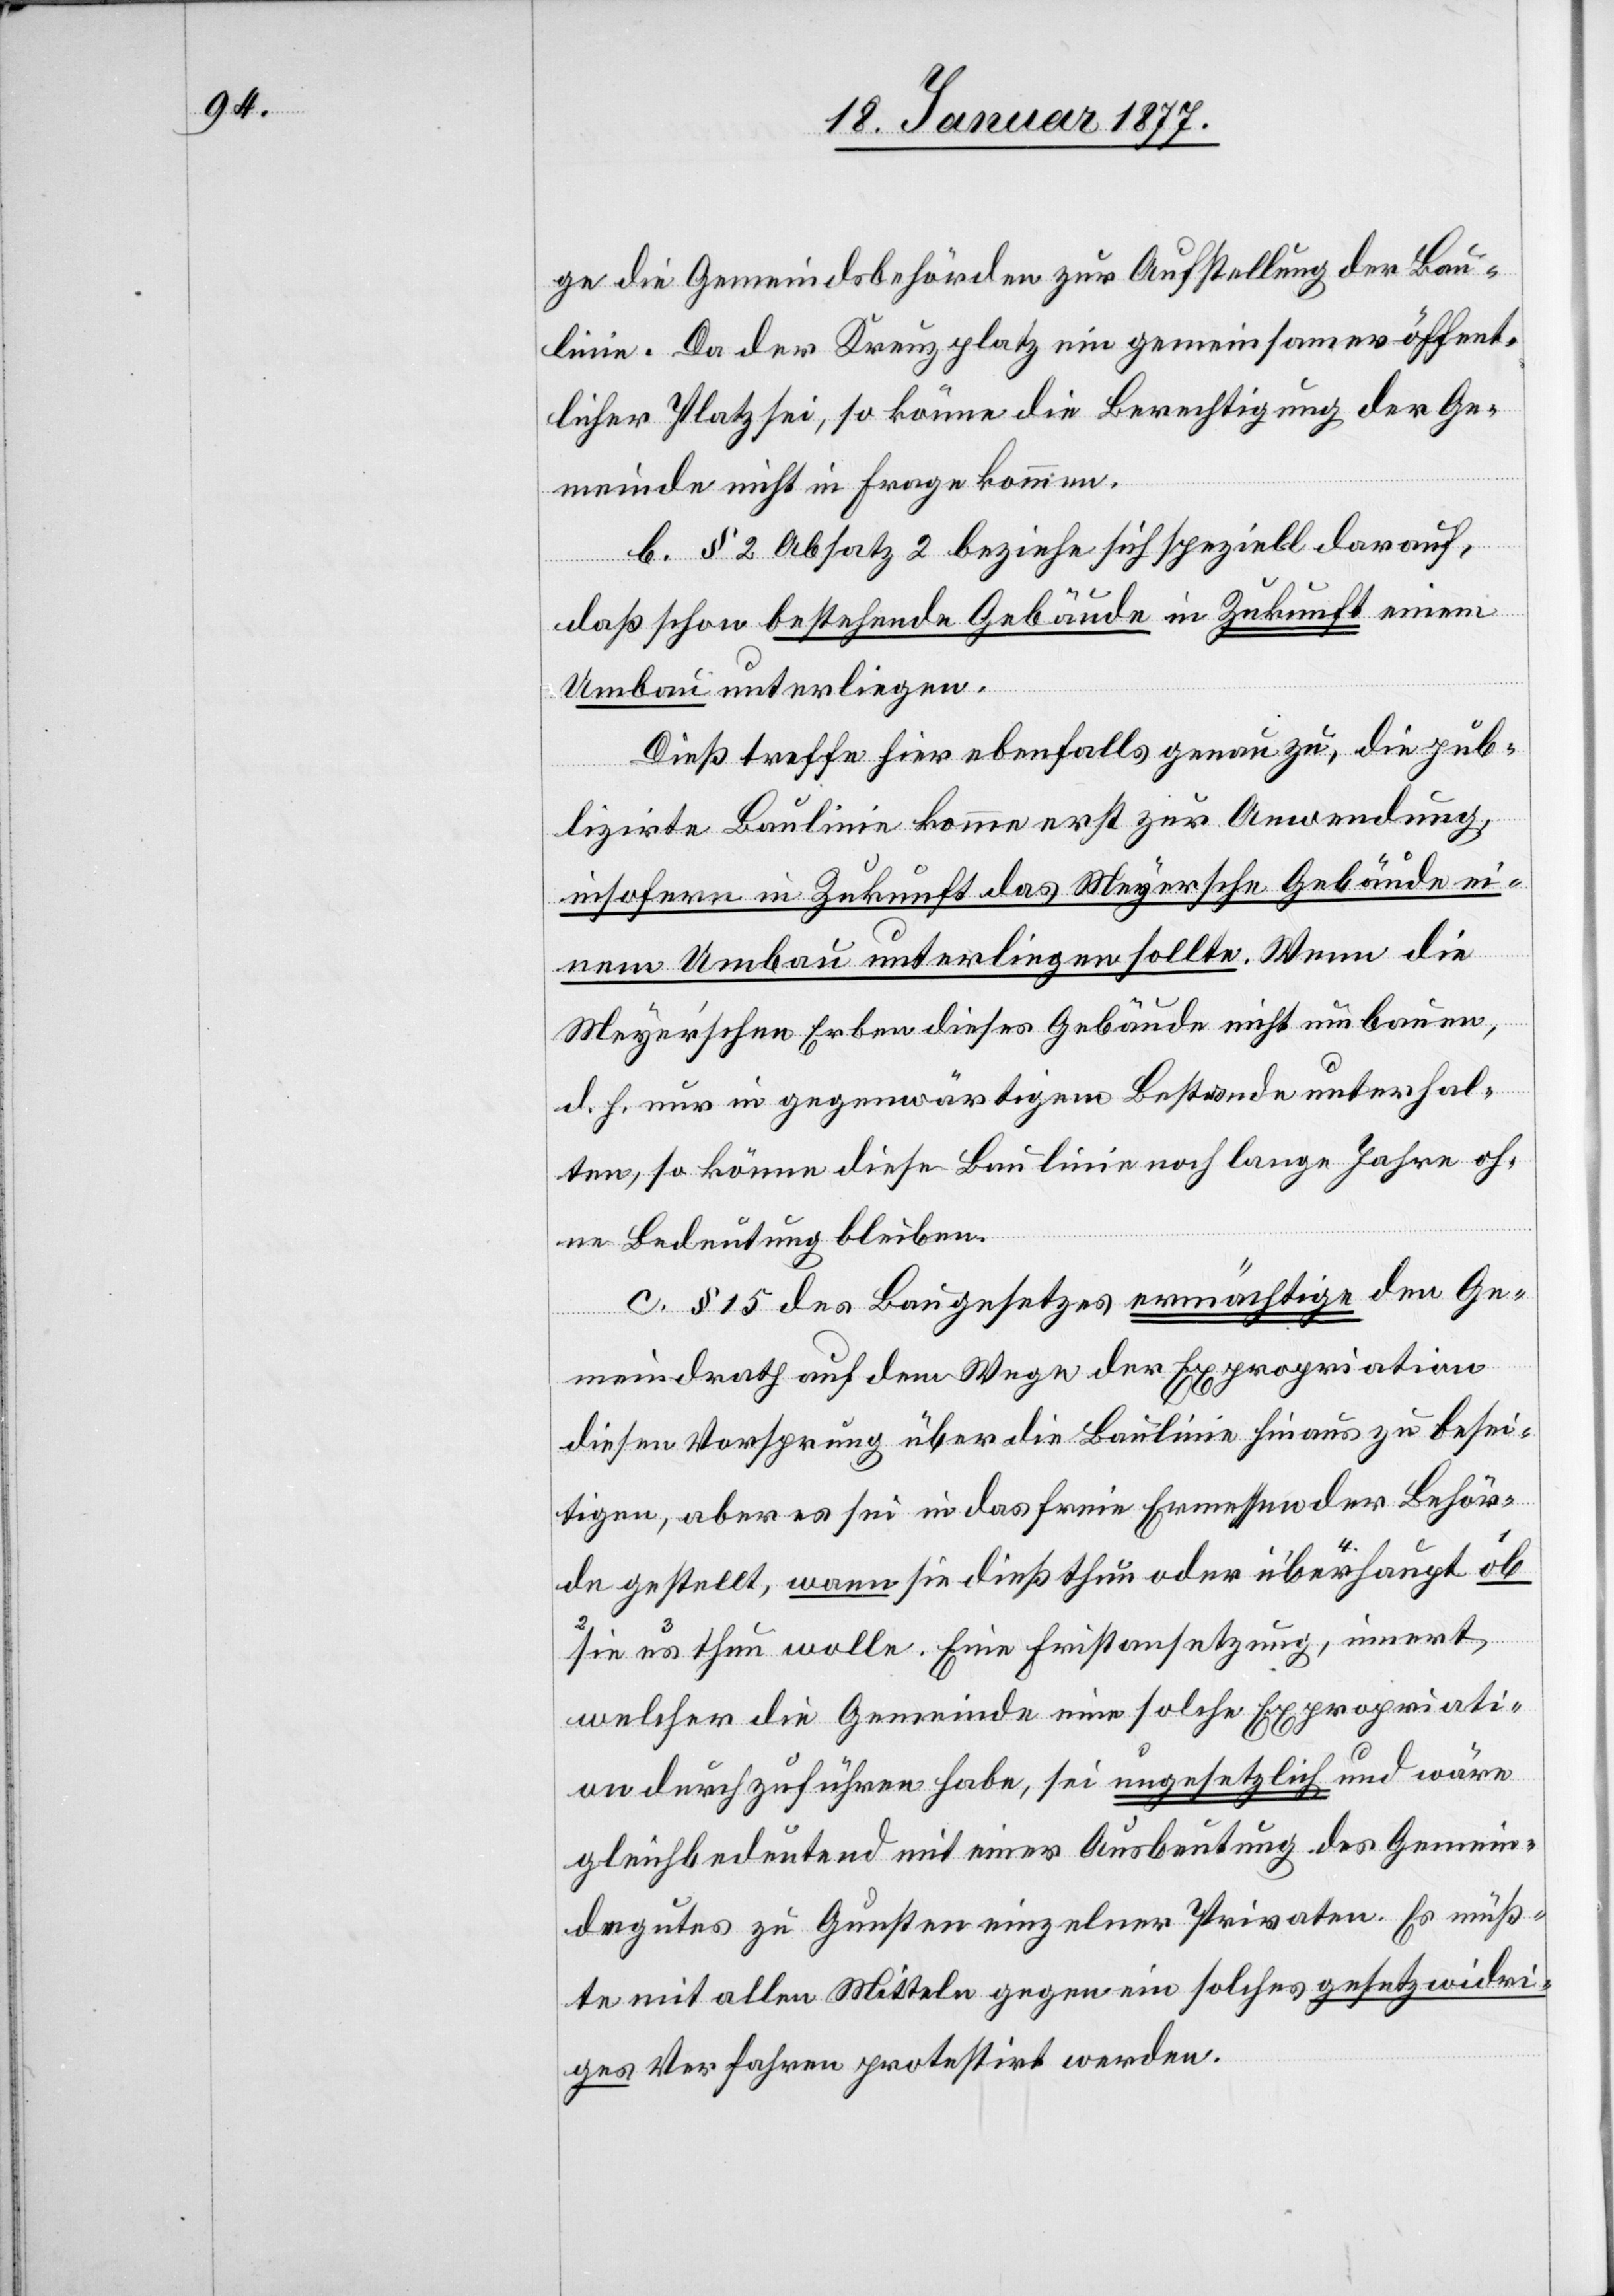
ge die Gemeindsbehörden zur Aufstellung der Bau¬
linie. Da der Kreuzplatz ein gemeinsamer öffent¬
licher Platz sei, so könne die Berechtigung der Ge¬
meinde nicht in Frage kommen.
b. § 2 Absatz 2 beziehe sich speziell darauf,
daß schon bestehende Gebäude in Zukunft einem
Umbau unterliegen.
Dieß treffe hier ebenfalls genau zu, die pub¬
nert
lizirte Baulinie komme erst zur Anwendung,
insofern in Zukunft das Meyersche Gebäude ei¬
nem Umbau unterliegen sollte. Wenn die
Meyerschen Erben dieses Gebäude nicht umbauen,
d. h. in gegenwärtigem Bestande unterhal¬
ten, so könne diese Baulinie noch lange Jahre oh¬
ne Bedeutung bleiben.
c. § 15 des Baugesetzes ermächtige den Ge¬
meindrath auf dem Wege der Expropriation
diesen Vorsprung über die Baulinie hinaus zu besei¬
tigen, aber es sei in das freie Ermessen der Behör¬
de gestellt, wann sie dieß thun oder ob sie es überhaupt th¬
wolle.
welcher die Gemeinde eine solche Expropriati¬
on durchzuführen habe, sei ungesetzlich und wäre
gleichbedeutend mit einer Ausbeutung des Gemein¬
degutes zu Gunsten einzelner Privaten. Es müß¬
te mit allen Mitteln gegen ein solches gesetzwidri¬
ges Vorgehen protestirt werden.